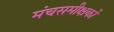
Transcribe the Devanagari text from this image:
मंचसमीक्षकों